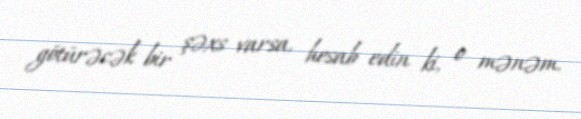
götürəcək bir şəxs varsa, hesab edin ki, o mənəm.